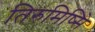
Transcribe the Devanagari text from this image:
तिरुमिष्सिे